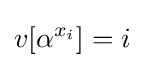
v[\alpha ^{x_{i}}]=i